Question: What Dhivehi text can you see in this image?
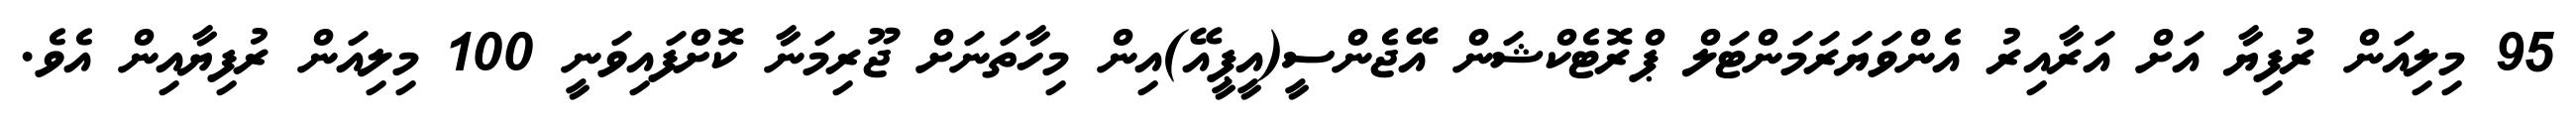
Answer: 95 މިލިއަން ރުފިޔާ އަށް އަރާއިރު އެންވަޔަރަމަންޓަލް ޕްރޮޓެކްޝަން އޭޖެންސީ(އީޕީއޭ)އިން މިހާތަނަށް ޖޫރިމަނާ ކޮށްފައިވަނީ 100 މިލިއަން ރުފިޔާއިން އެވެ.